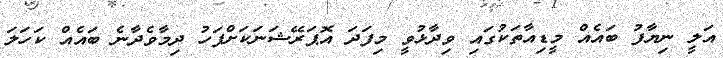
އަލީ ނިޔާފު ބައެއް މީޑިއާތަކުގައި ވިދާޅުވީ މިފަދަ އޮޕަރޭޝަނަކަށްފަހު ދިމާވެދާނެ ބައެއް ކަހަލަ